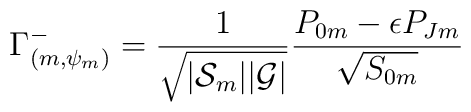
\Gamma^-_{(m,\psi_m)} = {1\over\sqrt{|{\cal S}_m| |{\cal G}|}}{{P}_{0m} -\epsilon {P}_{Jm} \over \sqrt{{S}_{0m}}}